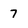
Character: 7